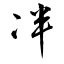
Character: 冸